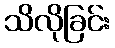
သိလိုခြင်း